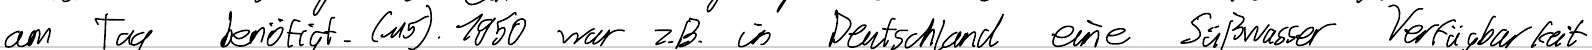
am Tag benötigt. (M5) 1950 war z.B. in Deutschland eine Süßwasser Verfügbarkeit